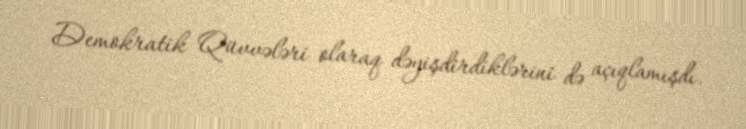
Demokratik Qüvvələri olaraq dəyişdirdiklərini də açıqlamışdı.